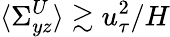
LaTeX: \langle\Sigma_{yz}^{U}\rangle\gtrsim u_{\tau}^{2}/H